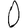
Digit: 0